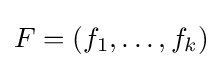
F=(f_{1},\dots ,f_{k})